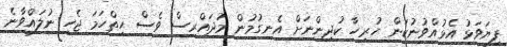
ފިޔަވަޅު އެޅުއްވުނުކަން ހުރިހާ ކުދިންނަށް އެނގުމުން މުދައްރިސް ވެސް ހިތްހަމަ ޖެހި ނުލައްވާނެ